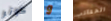
كوتر و الحقائب